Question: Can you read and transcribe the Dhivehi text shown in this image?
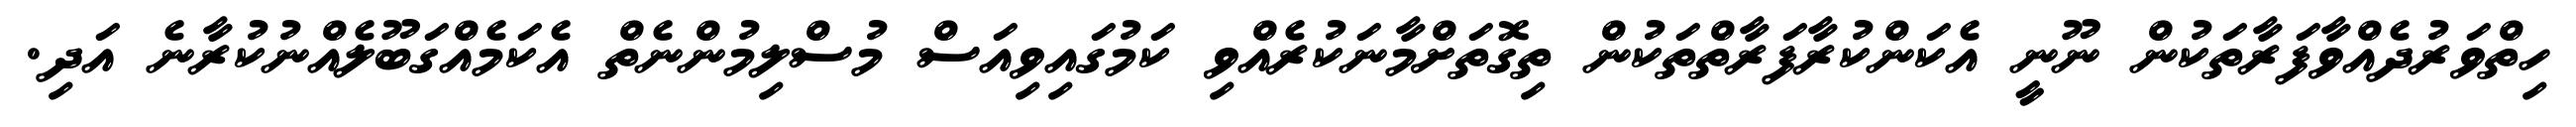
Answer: ހިތްވަރުދެއްވާފަރާތަކުން ނޫނީ އެކަންކުރާފަރާތްތަކުން ތިގޮތަށްމާނަކުރެއްވި ކަމުގައިވިއަސް މުސްލިމުންނެތް އެކަމެއްގަބޫލެއްނުކުރާނެ އަދި.